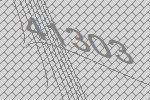
41303